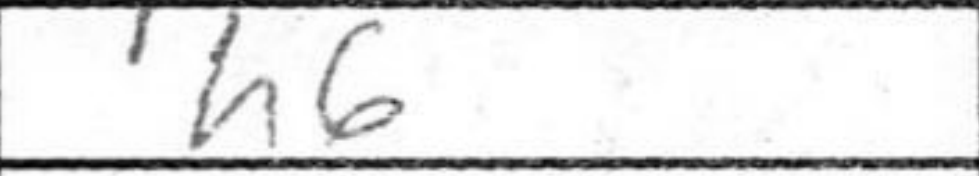
Transcription: h6